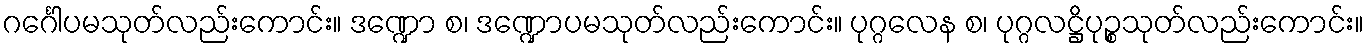
ဂင်္ဂေါပမသုတ်လည်းကောင်း။ ဒဏ္ဍော စ၊ ဒဏ္ဍောပမသုတ်လည်းကောင်း။ ပုဂ္ဂလေန စ၊ ပုဂ္ဂလဋ္ဌိပုဉ္စသုတ်လည်းကောင်း။